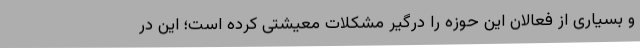
و بسیاری از فعالان این حوزه را درگیر مشکلات معیشتی کرده است؛ این در